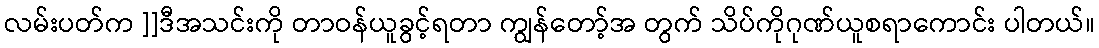
လမ်းပတ်က ]]ဒီအသင်းကို တာဝန်ယူခွင့်ရတာ ကျွန်တော့်အ တွက် သိပ်ကိုဂုဏ်ယူစရာကောင်း ပါတယ်။